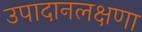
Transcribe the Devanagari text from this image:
उपादानलक्षणा